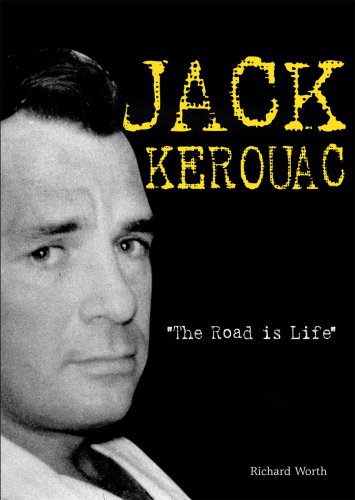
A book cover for Jack Kerouac: The Road Is Life (American Rebels); Richard Worth; Teen & Young Adult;